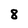
Character: 8